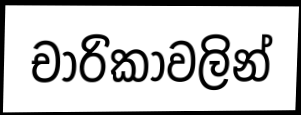
චාරිකාවලින්